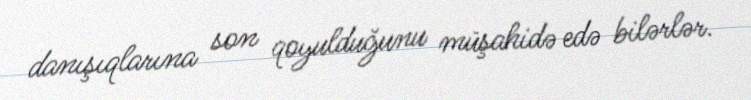
danışıqlarına son qoyulduğunu müşahidə edə bilərlər.